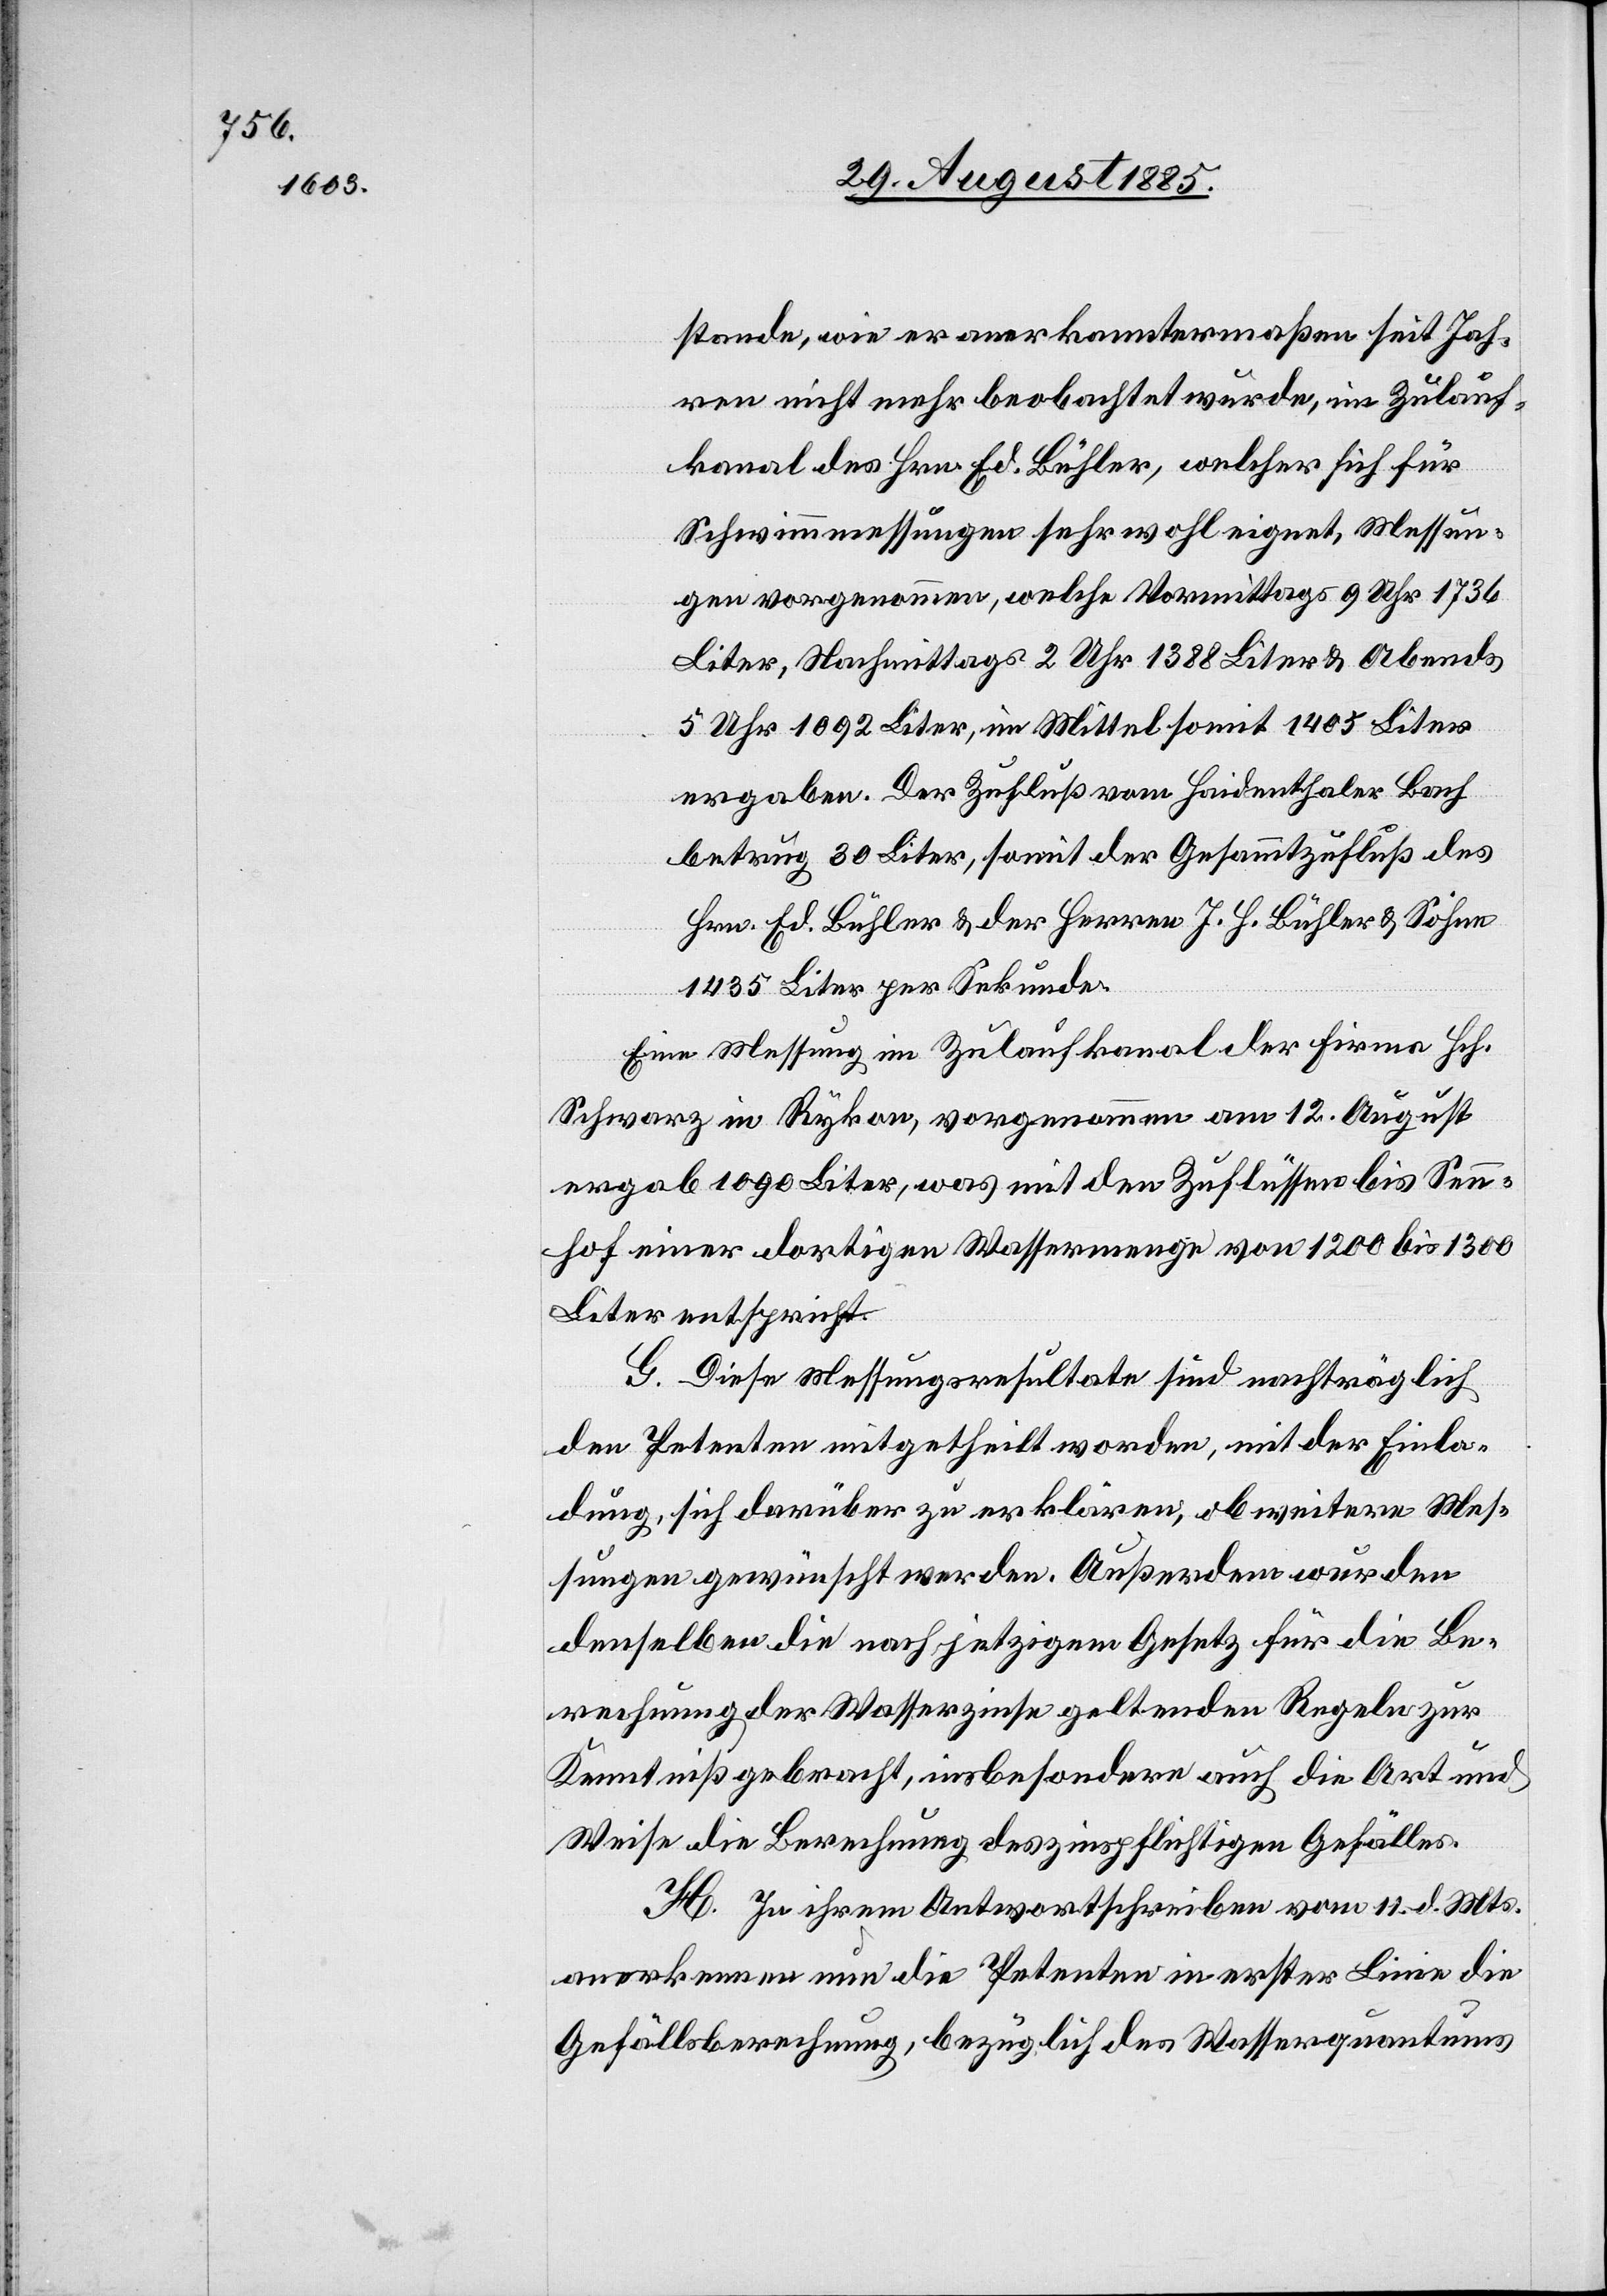
stande, wie er anerkanntermaßen seit Jah¬
ren nicht mehr beobachtet wurde, im Zulauf¬
kanal des Hrn. Ed. Bühler, welcher sich für
Schwimmmessungen sehr wohl eignet, Messun¬
gen vorgenommen, welche Vormittags 9 Uhr 1736
Liter, Nachmittags 2 Uhr 1388 Liter & Abends
5 Uhr 1092 Liter, im Mittel somit 1405 Liter
ergaben. Der Zufluß vom Haidenthalter [sic!]
betrug 30 Liter, somit der Gesammtzufluß des
Hrn. Ed. Bühler & der Herren J. H. Bühler & Söhne
1435 Liter per Sekunde.
Eine Messung im Zulaufkanal der Firma Hch.
Schwarz in Rykon, vorgenommen am 12. August
ergab 1090 Liter, was mit den Zuflüssen bis Senn¬
hof einer dortigen Wassermenge von 1200 bis 1300
Liter entspricht.
G. Diese Messungsresultate sind nachträglich
den Petenten mitgetheilt worden, mit der Einla¬
dung, sich darüber zu erklären, ob weitere Mes¬
sungen gewünscht werden. Außerdem wurden
denselben die nach jetzigem Gesetz für die Be¬
rechnung der Wasserzinse geltenden Regeln zur
Kenntniß gebracht, insbesondere auch die Art und
Weise die Berechnung [sic!] des zinspflichtigen Gefälles.
H. In ihrem Antworthschreiben vom 11. d. Mts.
anerkennen nun die Petenten in erster Linie die
Gefällsberechnung, bezüglich des Wasserquantums